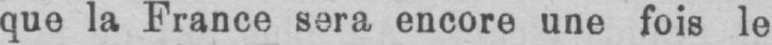
que la France sera encore une fois le